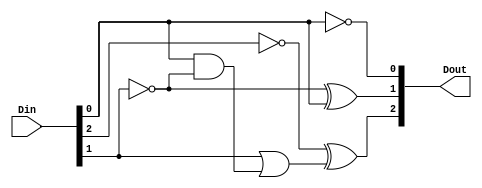
// Copyright (C) 2020  Intel Corporation. All rights reserved.
// Your use of Intel Corporation's design tools, logic functions 
// and other software and tools, and any partner logic 
// functions, and any output files from any of the foregoing 
// (including device programming or simulation files), and any 
// associated documentation or information are expressly subject 
// to the terms and conditions of the Intel Program License 
// Subscription Agreement, the Intel Quartus Prime License Agreement,
// the Intel FPGA IP License Agreement, or other applicable license
// agreement, including, without limitation, that your use is for
// the sole purpose of programming logic devices manufactured by
// Intel and sold by Intel or its authorized distributors.  Please
// refer to the applicable agreement for further details, at
// https://fpgasoftware.intel.com/eula.

// PROGRAM		"Quartus Prime"
// VERSION		"Version 20.1.1 Build 720 11/11/2020 SJ Lite Edition"
// CREATED		"Wed Dec 22 12:40:07 2021"

module decre_3bit(
	Din,
	Dout
);


input wire	[2:0] Din;
output wire	[2:0] Dout;

wire	[2:0] l_in;
wire	[2:0] l_out;
wire	SYNTHESIZED_WIRE_25;
wire	SYNTHESIZED_WIRE_26;
wire	SYNTHESIZED_WIRE_27;
wire	SYNTHESIZED_WIRE_28;
wire	SYNTHESIZED_WIRE_29;
wire	SYNTHESIZED_WIRE_30;
wire	SYNTHESIZED_WIRE_9;
wire	SYNTHESIZED_WIRE_10;
wire	SYNTHESIZED_WIRE_15;
wire	SYNTHESIZED_WIRE_16;
wire	SYNTHESIZED_WIRE_31;
wire	SYNTHESIZED_WIRE_18;
wire	SYNTHESIZED_WIRE_19;
wire	SYNTHESIZED_WIRE_32;
wire	SYNTHESIZED_WIRE_33;

assign	SYNTHESIZED_WIRE_25 = 1;
assign	SYNTHESIZED_WIRE_28 = 1;
assign	SYNTHESIZED_WIRE_31 = 1;



assign	SYNTHESIZED_WIRE_26 = SYNTHESIZED_WIRE_25 ^ l_in[0];

assign	l_out[0] = SYNTHESIZED_WIRE_26 ^ SYNTHESIZED_WIRE_27;

assign	SYNTHESIZED_WIRE_29 = SYNTHESIZED_WIRE_28 ^ l_in[2];

assign	l_out[2] = SYNTHESIZED_WIRE_29 ^ SYNTHESIZED_WIRE_30;

assign	SYNTHESIZED_WIRE_10 = SYNTHESIZED_WIRE_30 & SYNTHESIZED_WIRE_29;

assign	SYNTHESIZED_WIRE_9 = SYNTHESIZED_WIRE_28;



assign	SYNTHESIZED_WIRE_16 = SYNTHESIZED_WIRE_27 & SYNTHESIZED_WIRE_26;

assign	SYNTHESIZED_WIRE_27 =  ~SYNTHESIZED_WIRE_25;

assign	SYNTHESIZED_WIRE_15 = l_in[0] & SYNTHESIZED_WIRE_25;

assign	SYNTHESIZED_WIRE_33 = SYNTHESIZED_WIRE_15 | SYNTHESIZED_WIRE_16;

assign	SYNTHESIZED_WIRE_18 = l_in[1] & SYNTHESIZED_WIRE_31;


assign	SYNTHESIZED_WIRE_30 = SYNTHESIZED_WIRE_18 | SYNTHESIZED_WIRE_19;

assign	SYNTHESIZED_WIRE_32 = SYNTHESIZED_WIRE_31 ^ l_in[1];

assign	l_out[1] = SYNTHESIZED_WIRE_32 ^ SYNTHESIZED_WIRE_33;

assign	SYNTHESIZED_WIRE_19 = SYNTHESIZED_WIRE_33 & SYNTHESIZED_WIRE_32;


assign	Dout = l_out;
assign	l_in = Din;

endmodule